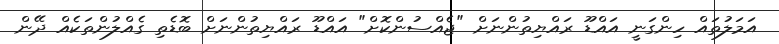
އަމަލުތައް ހިންގަނީ އައްޑޫ ރައްޔިތުންނަށް "ޖެއްސުންކޮށް" އައްޑޫ ރައްޔިތުންނަށް ބޮޑެތި ގެއްލުންތަކެއް ދޭން